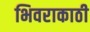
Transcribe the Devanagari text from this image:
भिवराकाठी